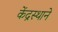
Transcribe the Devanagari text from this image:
केंद्रस्थाने